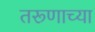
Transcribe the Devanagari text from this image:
तरूणाच्या